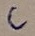
Text: C